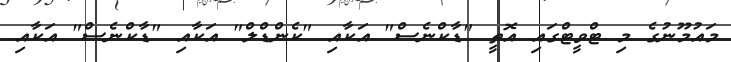
މައުމޫނުގެ މި ޓްވީޓްގައި އޮތީ "ޑާކްނެސް" އަކާއި "ކެންޑްލް" އަކާއި "ޑާކްނެސް" އަކާއި